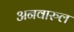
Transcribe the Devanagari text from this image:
अनवारुल